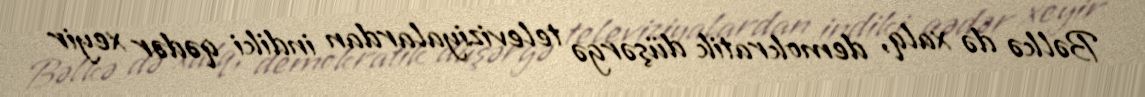
Bəlkə də xalq, demokratik düşərgə televiziyalardan indiki qədər xeyir